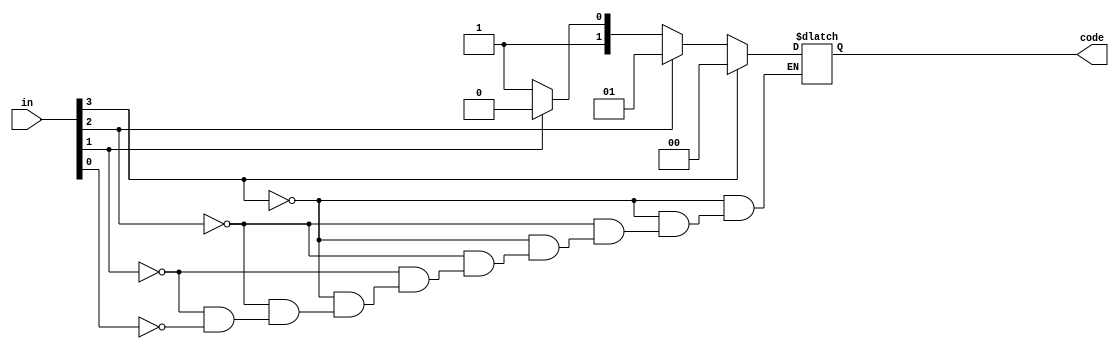
module priority_encoder(in,code);
input [0:3]in;
output [0:1]code;
reg [0:1]code;
always @(in)
	begin
		if(in[0]==1)
			code=00;
		else if(in[1])
			code=01;
		else if(in[2])
			code=10;
		else if(in[3])
			code=11;
	end
endmodule

module test_p_encoder;
	reg [0:3]in_p;
	wire [0:1]out_p;
	priority_encoder p1(in_p,out_p);
	initial
		begin
			$display("\t\t\t time\tinput\tcode");
			$monitor("\t",$time,"\t%b\t %b",in_p,out_p);
			#10 in_p=1000;
			#10 in_p=1010;
			#10 in_p=0100;
			#10 in_p=0010;
			#10 in_p=0110;
			#10 in_p=0001;
			#10 $finish;
		end
endmodule